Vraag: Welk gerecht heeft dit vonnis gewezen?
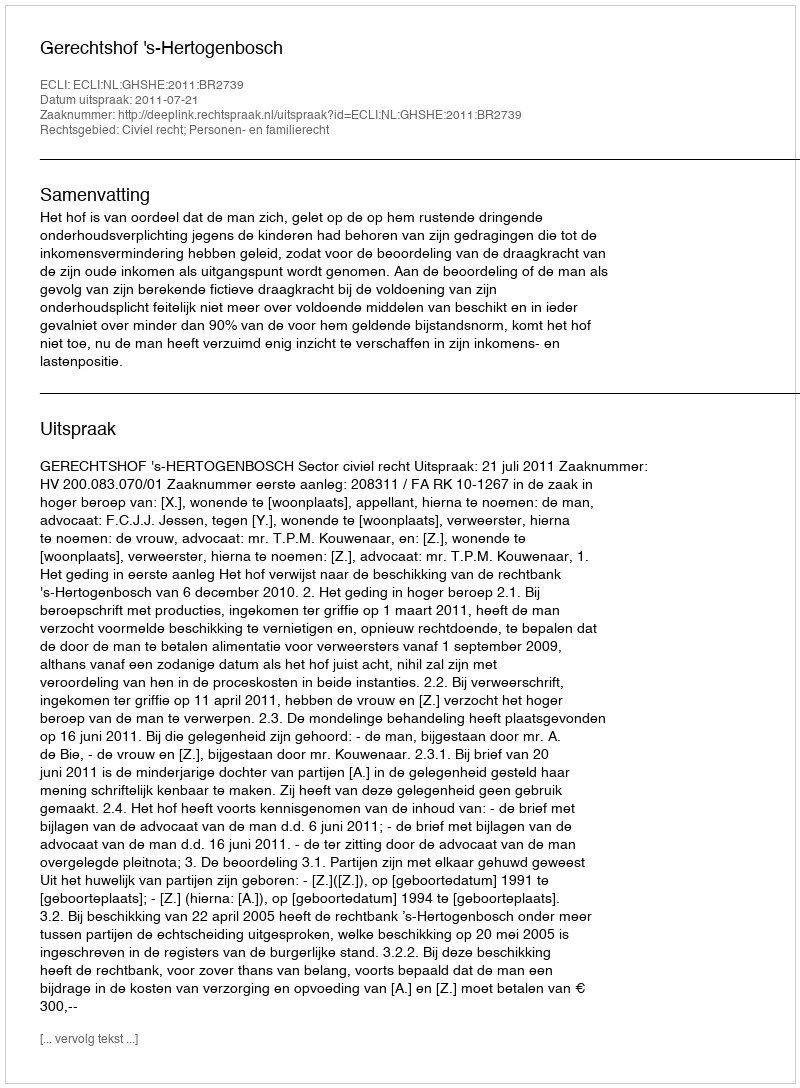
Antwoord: Gerechtshof 's-Hertogenbosch